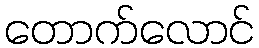
တောက်လောင်